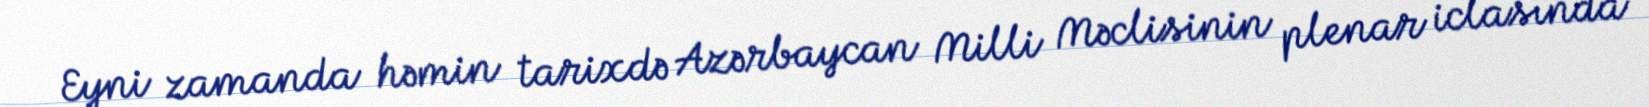
Eyni zamanda həmin tarixdə Azərbaycan Milli Məclisinin plenar iclasında